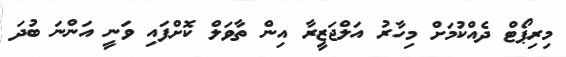
މިރިޕޯޓް ދެއްކުމަށް މިހާރު އަލްޖަޒީރާ އިން ތާވަލް ކޮށްފައި ވަނީ އަންނަ ބުދަ